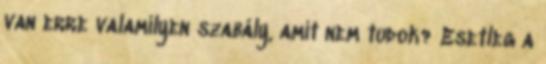
van erre valamilyen szabály, amit nem tudok? Esetleg a